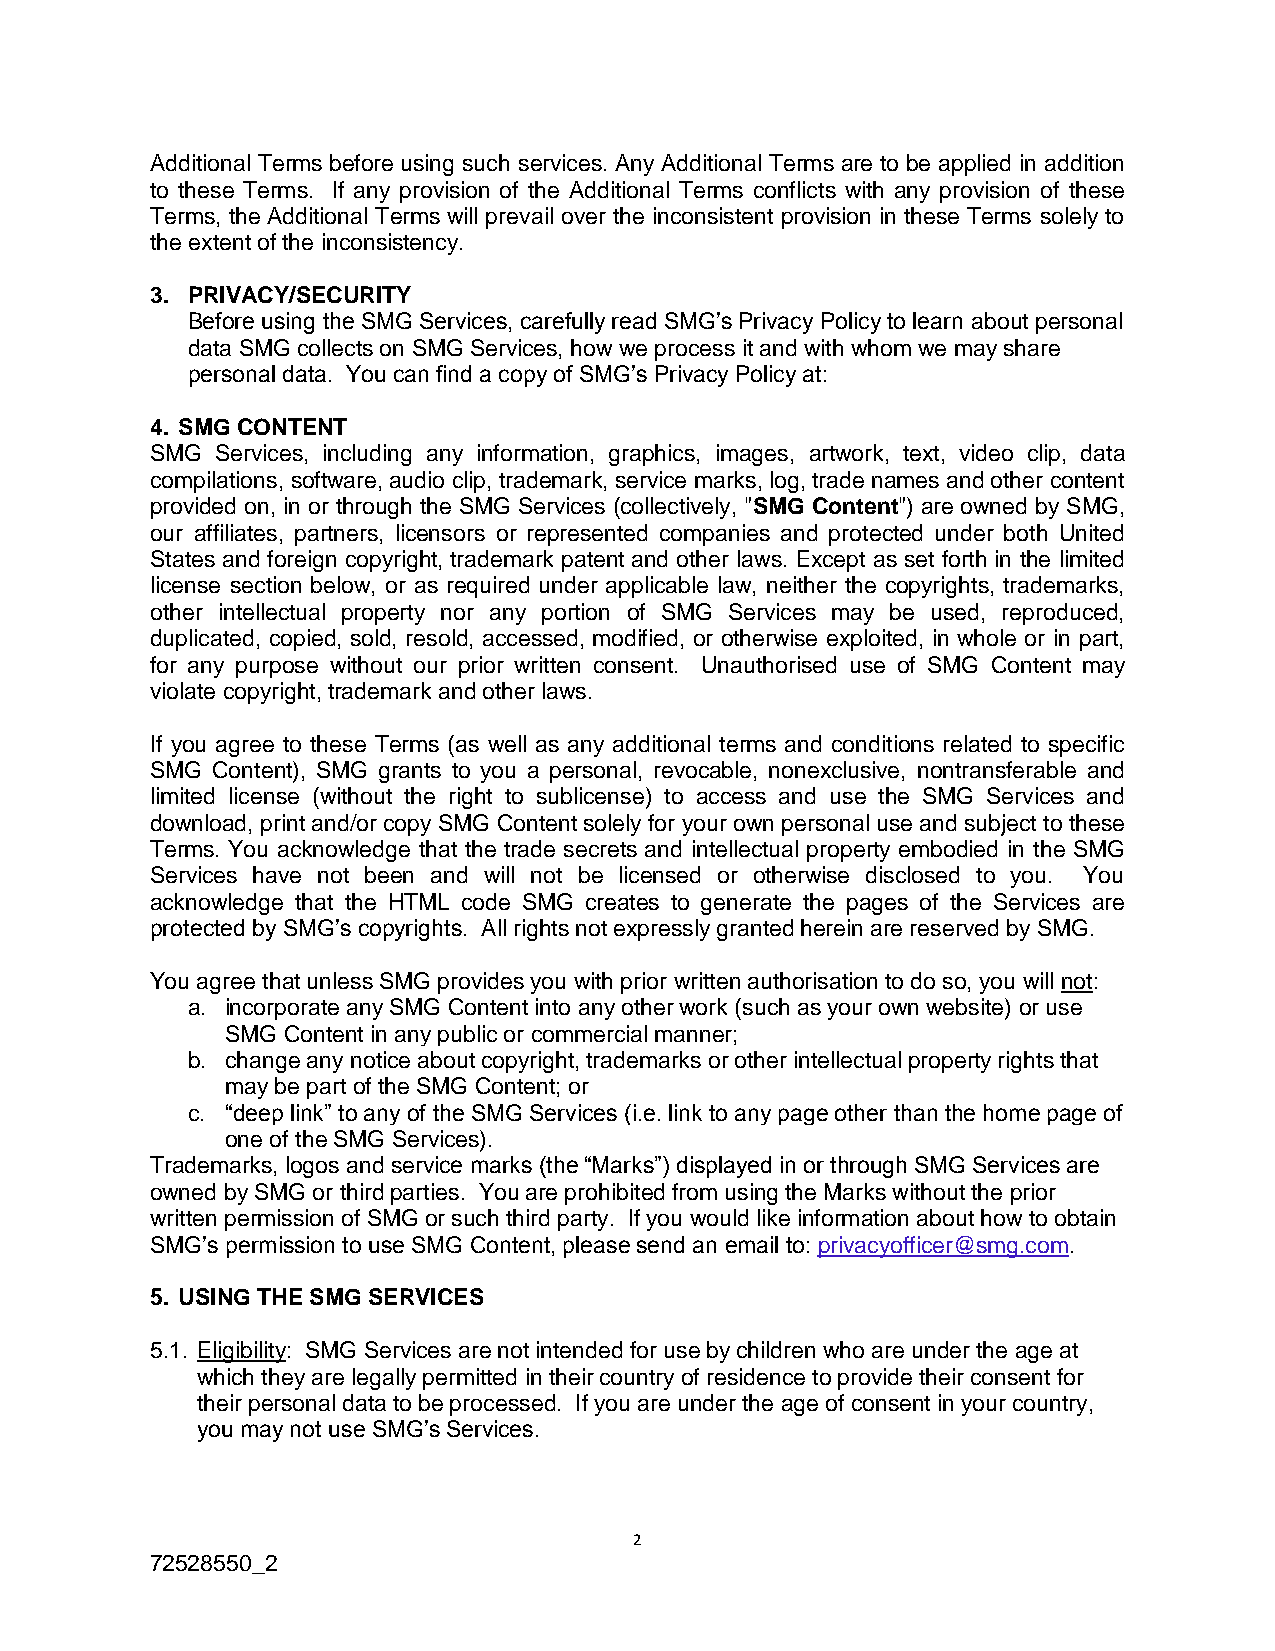
Additional Terms before using such services. Any Additional Terms are to be applied in addition
 to these Terms. If any provision of the Additional Terms conflicts with any provision of these
 Terms, the Additional Terms will prevail over the inconsistent provision in these Terms solely to
 the extent of the inconsistency.
 3. PRIVACY/SECURITY
 Before using the SMG Services, carefully read SMG’s Privacy Policy to learn about personal
 data SMG collects on SMG Services, how we process it and with whom we may share
 personal data. You can find a copy of SMG’s Privacy Policy at:
 4. SMG CONTENT
 SMG Services, including any information, graphics, images, artwork, text, video clip, data
 compilations, software, audio clip, trademark, service marks, log, trade names and other content
 provided on, in or through the SMG Services (collectively, "SMG Content") are owned by SMG,
 our affiliates, partners, licensors or represented companies and protected under both United
 States and foreign copyright, trademark patent and other laws. Except as set forth in the limited
 license section below, or as required under applicable law, neither the copyrights, trademarks,
 other intellectual property nor any portion of SMG Services may be used, reproduced,
 duplicated, copied, sold, resold, accessed, modified, or otherwise exploited, in whole or in part,
 for any purpose without our prior written consent. Unauthorised use of SMG Content may
 violate copyright, trademark and other laws.
 If you agree to these Terms (as well as any additional terms and conditions related to specific
 SMG Content), SMG grants to you a personal, revocable, nonexclusive, nontransferable and
 limited license (without the right to sublicense) to access and use the SMG Services and
 download, print and/or copy SMG Content solely for your own personal use and subject to these
 Terms. You acknowledge that the trade secrets and intellectual property embodied in the SMG
 Services have not been and will not be licensed or otherwise disclosed to you. You
 acknowledge that the HTML code SMG creates to generate the pages of the Services are
 protected by SMG’s copyrights. All rights not expressly granted herein are reserved by SMG.
 You agree that unless SMG provides you with prior written authorisation to do so, you will not:
 a. incorporate any SMG Content into any other work (such as your own website) or use
 SMG Content in any public or commercial manner;
 b. change any notice about copyright, trademarks or other intellectual property rights that
 may be part of the SMG Content; or
 c. “deep link” to any of the SMG Services (i.e. link to any page other than the home page of
 one of the SMG Services).
 Trademarks, logos and service marks (the “Marks”) displayed in or through SMG Services are
 owned by SMG or third parties. You are prohibited from using the Marks without the prior
 written permission of SMG or such third party. If you would like information about how to obtain
 SMG’s permission to use SMG Content, please send an email to: privacyofficer@smg.com.
 5. USING THE SMG SERVICES
 5.1. Eligibility: SMG Services are not intended for use by children who are under the age at
 which they are legally permitted in their country of residence to provide their consent for
 their personal data to be processed. If you are under the age of consent in your country,
 you may not use SMG’s Services.
 2
 72528550_2